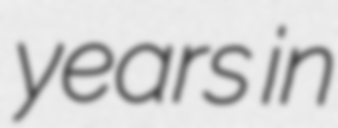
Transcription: years in